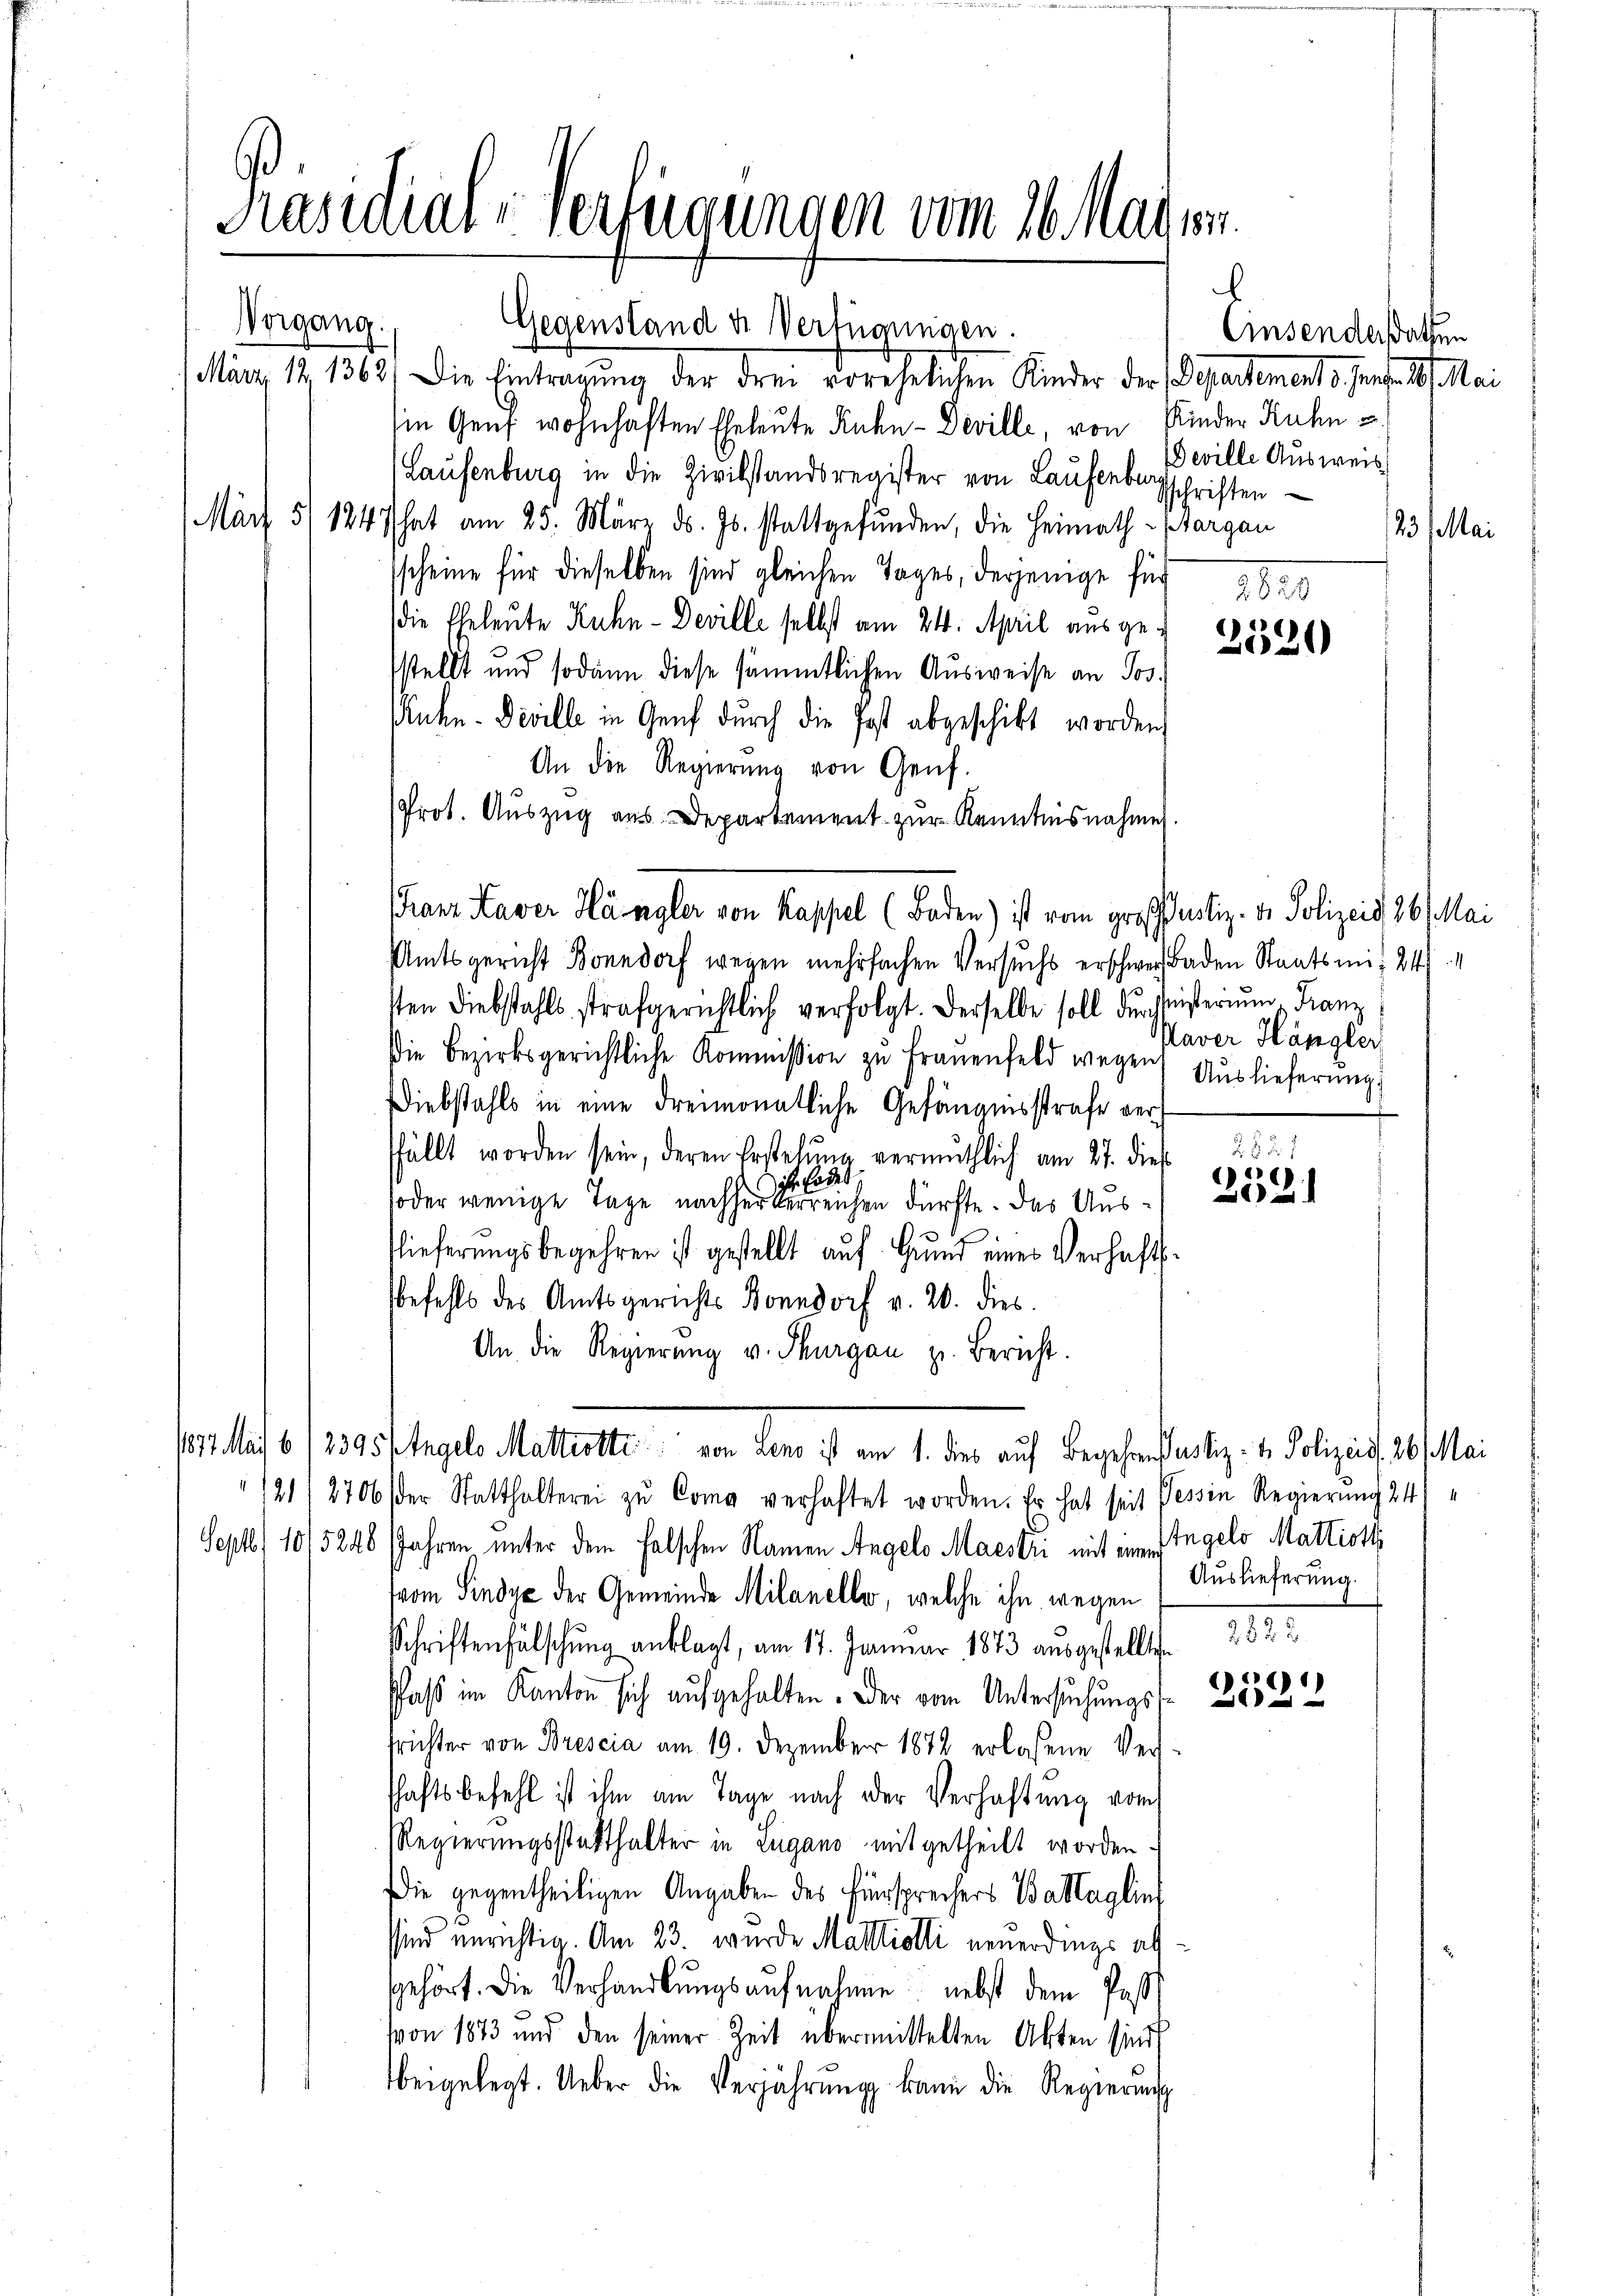
Präsidial-Verfügungen vom 26. Mari

Franz Haver Hängler von Kappel (Boden) ist vom groffertig. I. Polizeid 30. Mai

Vorgang.
Gegenstand u. Verfügungen.
März 191362) Die Eintragung der drei vorehelichen Kinder der Departements fert. 10. Mai
sie Genf wohnhaften Eheleute Kuhn - Deville, von Rieder Kuhn u
Laufenburg in die Zivilstandsregister von Laufenburgschriften
März 51 1847 hat am 25. März ds. Js. stattgefunden, die Heimath- Margau
scheine für dieselben sind gleichen Tages, derjenige für
die Eheleute Kuhn - Deville selbst am 24. April ausgestellt und sodann diese sämmtlichen Ausweise an Jos.
Ruhn-Deville in Genf durch die Post abgeschikt worden,
An die Regierŭng von Genf.
Prot. Auszug aus Departement zur Kenntnisnahme
Amtsgericht Bonndorf wegen mehrfachen Versuchs erschwer Baden Staatsmit 24.
sten Diebstahls strafgerichtlich verfolgt. Derselbe soll durchleisterium. Franz
Die Bezirksgerichtliche Kommission zŭ Frauenfeld wegen Aŭslieferŭng.
Diebstahls in eine dreimonatliche Gefängnisstrafe verffällt worden sein, deren Erstelŭng vermuthlich am 27. dieß
ist. Endes
soder wenige Tage nachherterreichen dürfte. Das Ausflieferungsbegehren ist gestellt auf Grund eines Verhaftbefehls des Amtsgerichts Bonndorf v. 20. dies
An die Regierŭng v. Thurgan z. Bericht.
17. Auf 6./2395/ Engels Malterte von den ist am 1. dies auf Begehrensaustiz- & Polizeist, 26. Mai
s
21/2706 der Statthalterei zŭ Como verhaftet worden. Er hat seit Tessin Regierung 24
Sept. 10/5248 (Jahren unter dem falschen Namen Angelo Maestri mit in Ingelo Mattiott
(vom Sindye der Gemeinde Milanelle, welche ihn wegen
Schriftenfälschung anklagt, am 17. Januar 1873 ausgestellte 2822
Pfaß im Kanton sich aufgehalten. Der vom Untersuchungs- 283. 12
frichter von Brescia am 19. Dezember 1872 erlassene Ver-
schaftsbefehl ist ihm am Tage nach der Verhaftung vom
Regierungsstatthalter in Lugano mitgetheilt worden.
Die gegentheiligen Angaben des Fürsprechers Bastagling
sind unrichtig. Am 23. wurde Mallliotti neuerdings alsgehört. Die Verhandlŭngsaufnahme nebst dem Pas
von 1873 und den seiner Zeit übermittelten Akten sind
beigelegt. Ueber die Verjährung kann die Regierŭng

b.
Einsenderstatten
Deville Ausweis
23. Mai
125

2320

Paver Hängler

282. 1
)
2

Auslieferung.